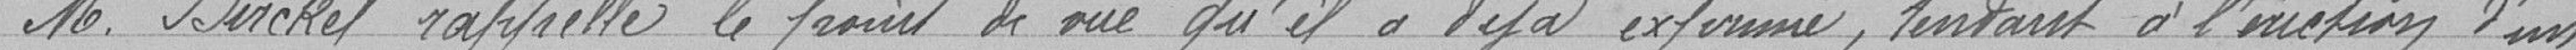
M. Birckel rappelle le point de vue qu'il a déjà exprimé, tendant à l'éviction d'un